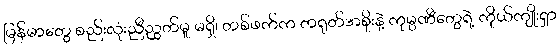
မြန်မာတွေ စည်းလုံးညီညွတ်မှု မရှိ၊ တစ်ဖက်က တရုတ်အစိုးနဲ့ ကုမ္ပဏီတွေရဲ့ ကိုယ်ကျိုးရှာ